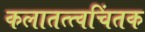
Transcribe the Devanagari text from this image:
कलातत्त्वचिंतक